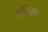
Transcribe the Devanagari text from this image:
एशियाको